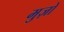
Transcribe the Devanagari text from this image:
मुज़ो